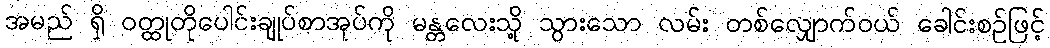
အမည် ရှိ ဝတ္ထုတိုပေါင်းချုပ်စာအုပ်ကို မန္တလေးသို့ သွားသော လမ်း တစ်လျှောက်ဝယ် ခေါင်းစဉ်ဖြင့်